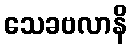
သေခဗလာနိ